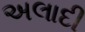
અલાદી